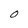
Character: O